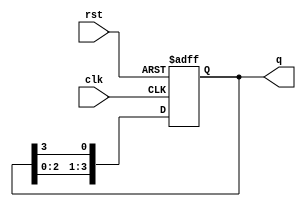
module johnson_counter(
  input clk,
  input rst,
  output reg [3:0] q
);

always @ (posedge clk or posedge rst)
begin
  if (rst)
    q <= 4'b0001; // initial state
  else
    q <= {q[2:0], q[3]}; // shift left
end

endmodule